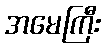
အမေကြီး